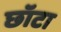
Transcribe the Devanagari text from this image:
छॉटा